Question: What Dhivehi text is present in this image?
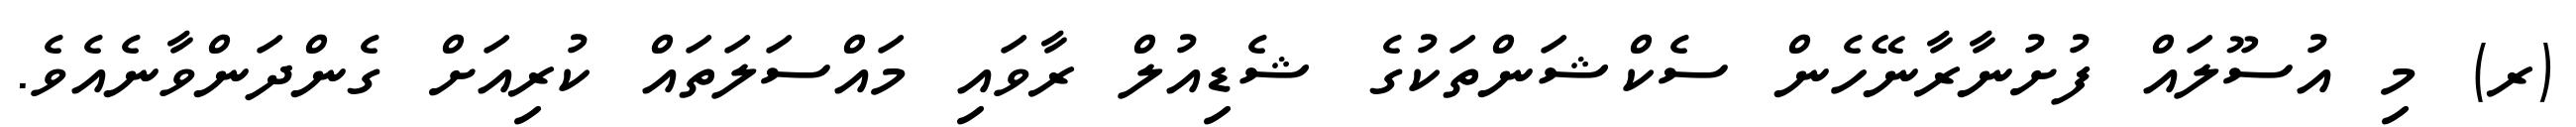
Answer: (ރ) މި އުސޫލައް ފުށުނާރާނޭހެން ސެކްޝަންތަކުގެ ޝެޑިއުލް ރާވައި މައްސަލަތައް ކުރިއަށް ގެންދަންވާނެއެވެ.